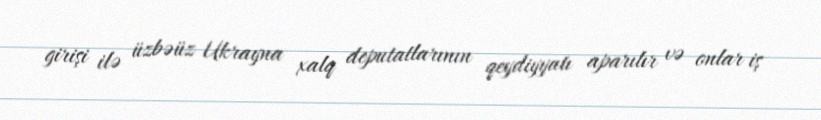
girişi ilə üzbəüz Ukrayna xalq deputatlarının qeydiyyatı aparılır və onlar iş